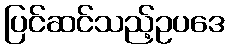
ပြင်ဆင်သည့်ဥပဒေ